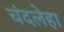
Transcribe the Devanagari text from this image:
चंदलेहा